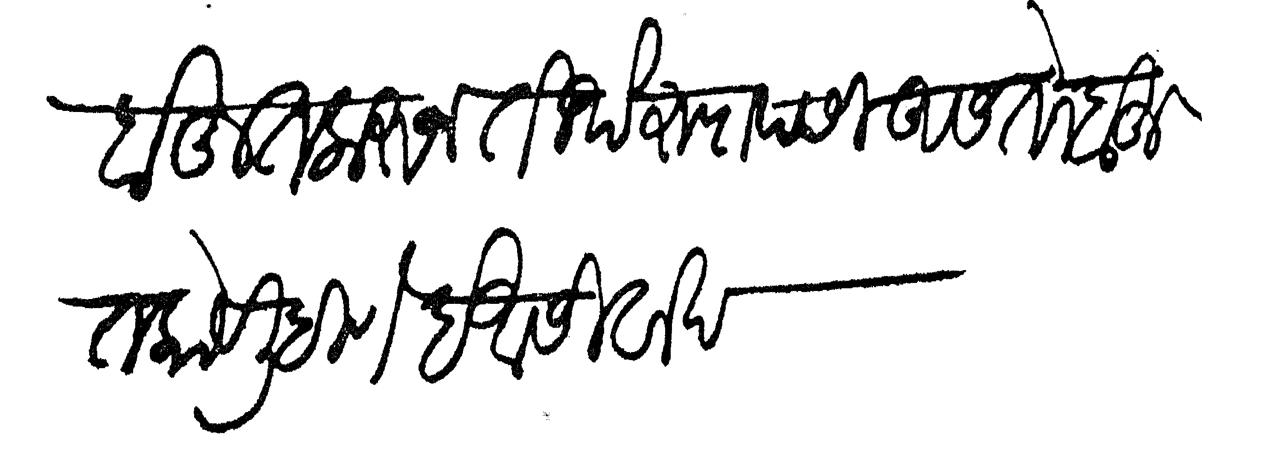
Transliteration (Devanagari): बहुत करून तिर्थरूपापासी असतो बहुत काय लिहिणे हे आशिर्वाद